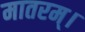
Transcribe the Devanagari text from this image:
मातरम्‌।